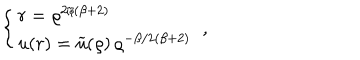
LaTeX: \left\{ \begin{array} { l } { { r = \varrho ^ { 2 / ( \beta + 2 ) } \nonumber } } \\ { { u ( r ) = \widetilde { u } ( \varrho ) \, \varrho ^ { - \beta / 2 ( \beta + 2 ) } } } \\ \end{array} \right. \; ,